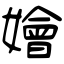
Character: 嬒